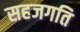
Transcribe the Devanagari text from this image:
सहजगति